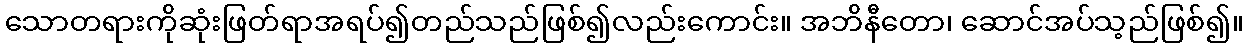
သောတရားကိုဆုံးဖြတ်ရာအရပ်၍တည်သည်ဖြစ်၍လည်းကောင်း။ အဘိနီတော၊ ဆောင်အပ်သ့ည်ဖြစ်၍။